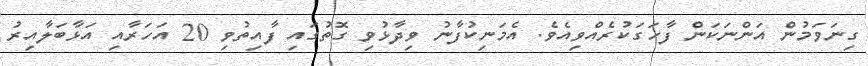
ގިނަވަމުން އަންނަކަން ފާހަގަކުރެއްވިއެވެ. އެމަނިކުފާނު ވިދާޅުވި ގޮތުގައި ފާއިތުވި 20 އަހަރާއި އަޅާބަލާއިރު